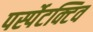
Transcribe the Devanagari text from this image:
पर्स्पेटक्टिव